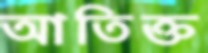
আতিক্ত